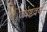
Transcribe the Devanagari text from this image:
ज्येष्ठवर्य